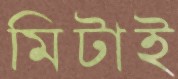
মিটাই